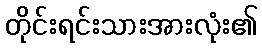
တိုင်းရင်းသားအားလုံး၏